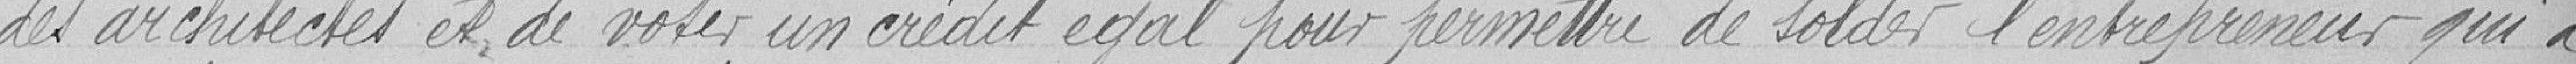
des architectes et de voter un crédit égal pour permettre de solder l'entrepreneur qui a